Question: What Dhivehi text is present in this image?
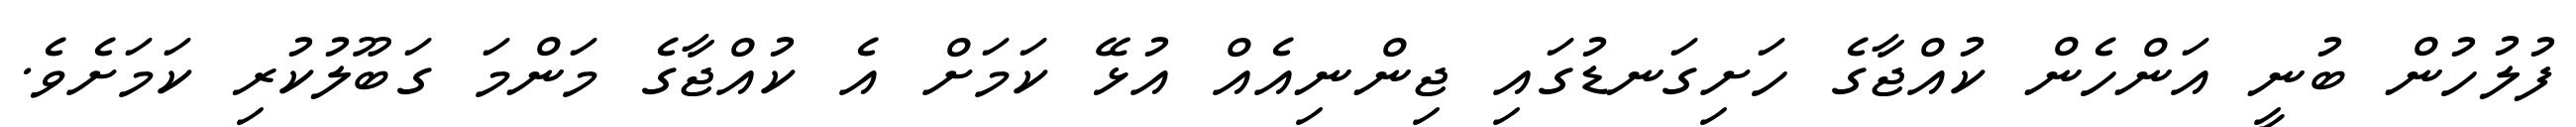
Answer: ފުލުހުން ބުނީ އަންހެން ކުއްޖާގެ ހަށިގަނޑުގައި ޖިންނިއެއް އުޅޭ ކަމަށް އެ ކުއްޖާގެ މަންމަ ގަބޫލުކުރި ކަމަށެވެ.